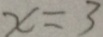
x = 3